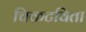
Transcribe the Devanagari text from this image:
चिकटविता